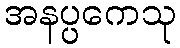
အနပ္ပကေသု